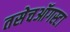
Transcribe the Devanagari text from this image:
तसेचऑगस्टा